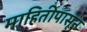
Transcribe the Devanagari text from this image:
माहितीपासून